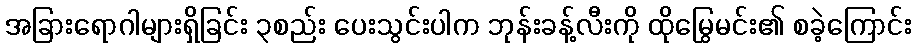
အခြားရောဂါများရှိခြင်း ၃စည်း ပေးသွင်းပါက ဘုန်းခန့်လီးကို ထိုမြွေမင်း၏ စခဲ့ကြောင်း